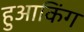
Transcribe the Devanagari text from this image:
हुआकिंग